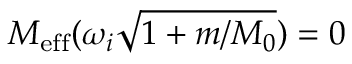
M _ { \mathrm { e f f } } ( \omega _ { i } \sqrt { 1 + m / M _ { 0 } } ) = 0